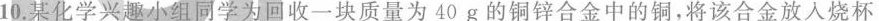
10.某化学兴趣小组同学为回收一块质量为40g的铜锌合金中的铜，将该合金放入烧杯